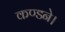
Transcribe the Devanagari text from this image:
कण्डने।